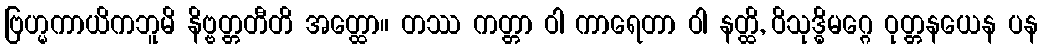
ဗြဟ္မကာယိကဘူမိ နိဗ္ဗတ္တတီတိ အတ္ထော။ တဿ ကတ္တာ ဝါ ကာရေတာ ဝါ နတ္ထိ, ဝိသုဒ္ဓိမဂ္ဂေ ဝုတ္တနယေန ပန